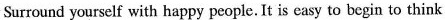
Surround yourself with happy people.It is casy to begin to think